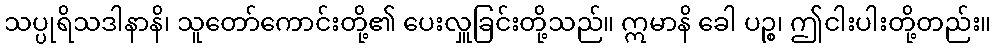
သပ္ပုရိသဒါနာနိ၊ သူတော်ကောင်းတို့၏ ပေးလှူခြင်းတို့သည်။ ဣမာနိ ခေါ ပဉ္စ၊ ဤငါးပါးတို့တည်း။